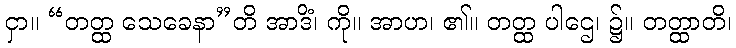
ငှာ။ “တတ္ထ သေခေနာ”တိ အာဒိံ၊ ကို။ အာဟ၊ ၏။ တတ္ထ ပါဌေ၊ ၌။ တတ္ထာတိ၊